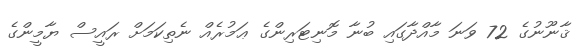
ޤާނޫނުގެ 72 ވަނަ މާއްދާގައި ބުނާ މޮނިޓަރިންގެ ޢަމުރެއް ނެތިކަމަށް ރައީސް ޔާމީންގެ